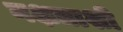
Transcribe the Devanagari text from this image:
नक्षत्राशी